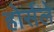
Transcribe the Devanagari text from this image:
होर्सले